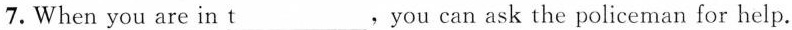
7.When you are in t___,you can ask the policeman for help.